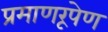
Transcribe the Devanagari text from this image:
प्रमाणरूपेण